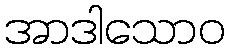
အာဒါသောဝ